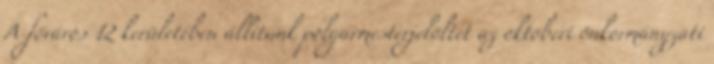
A főváros 12 kerületében állítunk polgármesterjelöltet az októberi önkormányzati